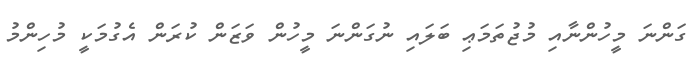
ގަންނަ މީހުންނާއި މުޖުތަމަޢި ބަލައި ނުގަންނަ މީހުން ވަޒަން ކުރަން އެގުމަކީ މުހިންމު